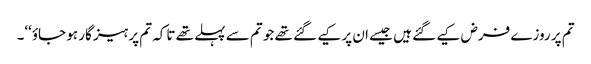
تم پر روزے فرض کیے گئے ہیں جیسے ان پر کیے گئے تھے جو تم سے پہلے تھے تاکہ تم پرہیز گار ہو جاؤ‘‘۔